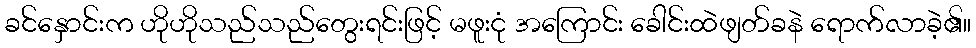
ခင်နှောင်းက ဟိုဟိုသည်သည်တွေးရင်းဖြင့် မဖူးငုံ အကြောင်း ခေါင်းထဲဖျတ်ခနဲ ရောက်လာခဲ့၏။